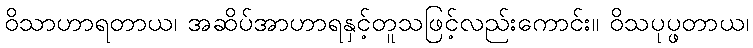
ဝိသာဟာရတာယ၊ အဆိပ်အာဟာရနှင့်တူသဖြင့်လည်းကောင်း။ ဝိသပုပ္ဖတာယ၊